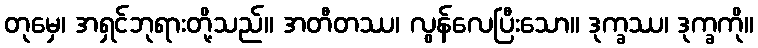
တုမှေ၊ အရှင်ဘုရားတို့သည်။ အတီတဿ၊ လွန်လေပြီးသော။ ဒုက္ခဿ၊ ဒုက္ခကို။